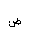
Letter: _dad